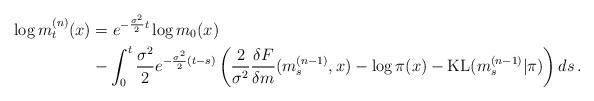
LaTeX: \begin{align*}\log m_t^{(n)}(x) &= e^{-\frac{\sigma^2}{2}t} \log m_0(x) \\&- \int_0^t \frac{\sigma^2}{2} e^{-\frac{\sigma^2}{2}(t-s)} \left( \frac{2}{\sigma^2} \frac{\delta F}{\delta m}(m_s^{(n-1)},x) - \log \pi(x) - \operatorname{KL}(m_s^{(n-1)}|\pi) \right) ds \,.\end{align*}